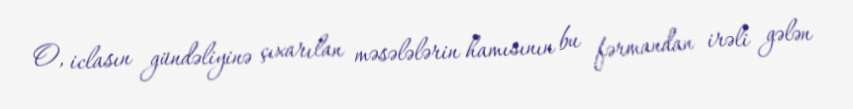
O, iclasın gündəliyinə çıxarılan məsələlərin hamısının bu fərmandan irəli gələn